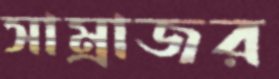
সাম্রাজর